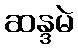
ဆန္ဒမဲ